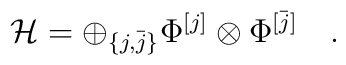
{\mathcal H}=\oplus_{\{j,\bar j\}}\Phi^{[j]}\otimes\Phi^{[\bar j]}\quad .